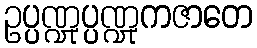
ဥပ္ပဏ္ဍုပ္ပဏ္ဍုကဇာတေ